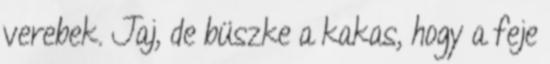
verebek. Jaj, de büszke a kakas, hogy a feje